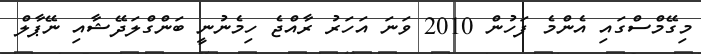
މިގޭމްސްގައި އެންމެ ފަހުން 2010 ވަނަ އަހަރު ރާއްޖެ ހިމެނުނީ ބަންގްލަދޭޝާއި ނޭޕާލް